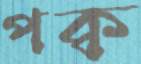
পক্ব